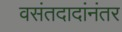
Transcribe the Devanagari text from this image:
वसंतदादांनंतर